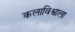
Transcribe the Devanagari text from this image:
कलाविश्वाला